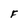
Character: F